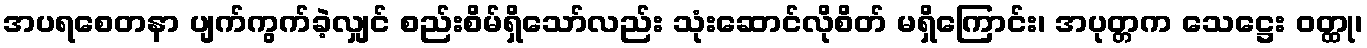
အပရစေတနာ ပျက်ကွက်ခဲ့လျှင် စည်းစိမ်ရှိသော်လည်း သုံးဆောင်လိုစိတ် မရှိကြောင်း၊ အပုတ္တက သေဋ္ဌေး ဝတ္ထု၊